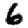
Digit: 6